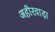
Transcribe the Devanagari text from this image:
अहीरवाड़ा